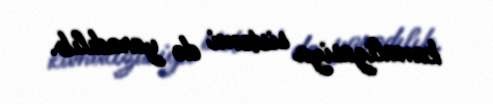
kanalizasiya sistemi də yaradılıb.